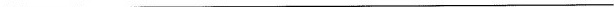
___